Report of the Indian Hemp Drugs Commission, 1894-1895 - Volume IV
Year: 1894
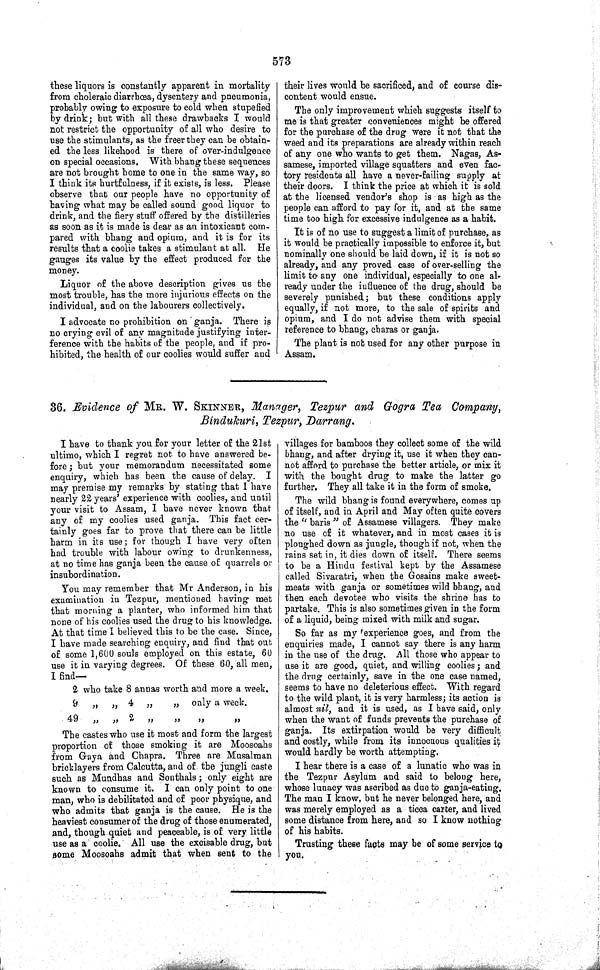
573
these liquors is constantly apparent in mortality
from choleraic diarrhœa, dysentery and pneumonia,
probably owing to exposure to cold when stupefied
by drink; but with all these drawbacks I would
not restrict the opportunity of all who desire to
use the stimulants, as the freer they can be obtain-
ed the less likehood is there of over-indulgence
on special occasions. With bhang these sequences
are not brought home to one in the same way, so
I think its hurtfulness, if it exists, is less. Please
observe that our people have no opportunity of
having what may be called sound good liquor to
drink, and the fiery stuff offered by the distilleries
as soon as it is made is dear as an intoxicant com-
pared with bhang and opium, and it is for its
results that a coolie takes a stimulant at all. He
gauges its value by the effect produced for the
money.
Liquor of the above description gives us the
most trouble, has the more injurious effects on the
individual, and on the labourers collectively.
I advocate no prohibition on ganja. There is
no crying evil of any magnitude justifying inter-
ference with the habits of the people, and if pro-
hibited, the health of our coolies would suffer and
their lives would be sacrificed, and of course dis-
content would ensue.
The only improvement which suggests itself to
me is that greater conveniences might be offered
for the purchase of the drug were it not that the
weed and its preparations are already within reach
of any one who wants to get them. Nagas, As-
samese, imported village squatters and even fac-
tory residents all have a never-failing supply at
their doors. I think the price at which it is sold
at the licensed vendor's shop is as high as the
people can afford to pay for it, and at the same
time too high for excessive indulgence as a habit.
It is of no use to suggest a limit of purchase, as
it would be practically impossible to enforce it, but
nominally one should be laid down, if it is not so
already, and any proved case of over-selling the
limit to any one individual, especially to one al-
ready under the influence of the drug, should be
severely punished; but these conditions apply
equally, if not more, to the sale of spirits and
opium, and I do not advise them with special
reference to bhang, charas or ganja.
The plant is not used for any other purpose in
Assam.
36. Evidence of MR. W. SKINNER, Manager, Tezpur and Gogra Tea Company,
Bindukuri, Tezpur, Darrang.
I have to thank you for your letter of the 21st
ultimo, which I regret not to have answered be-
fore; but your memorandum necessitated some
enquiry, which has been the cause of delay. I
may premise my remarks by stating that I have
nearly 22 years' experience with coolies, and until
your visit to Assam, I have never known that
any of my coolies used ganja. This fact cer-
tainly goes far to prove that there can be little
harm in its use; for though I have very often
had trouble with labour owing to drunkenness,
at no time has ganja been the cause of quarrels or
insubordination.
You may remember that Mr Anderson, in his
examination in Tezpur, mentioned having met
that morning a planter, who informed him that
none of his coolies used the drug to his knowledge.
At that time I believed this to be the case. Since,
I have made searching enquiry, and find that out
of some 1,600 souls employed on this estate, 60
use it in varying degrees. Of these 60, all men,
I find—
2 who take 8 annas worth and more a week.
9
"
" 4 "
"
only a week.
49
"
"
2
"
"
"
"
The castes who use it most and form the largest
proportion of those smoking it are Moosoahs
from Gaya and Chapra. Three are Musalman
bricklayers from Calcutta, and of the jungli caste
such as Mundhas and Sonthals; only eight are
known to consume it. I can only point to one
man, who is debilitated and of poor physique, and
who admits that ganja is the cause. He is the
heaviest consumer of the drug of those enumerated,
and, though quiet and peaceable, is of very little
use as a coolie. All use the excisable drug, but
some Moosoahs admit that when sent to the
villages for bamboos they collect some of the wild
bhang, and after drying it, use it when they can-
not afford to purchase the better article, or mix it
with the bought drug to make the latter go
further. They all take it in the form of smoke.
The wild bhang is found everywhere, comes up
of itself, and in April and May often quite covers
the "baris" of Assamese villagers. They make
no use of it whatever, and in most cases it is
ploughed down as jungle, though if not, when the
rains set in, it dies down of itself. There seems
to be a Hindu festival kept by the Assamese
called Sivaratri, when the Gosains make sweet-
meats with ganja or sometimes wild bhang, and
then each devotee who visits the shrine has to
partake. This is also sometimes given in the form
of a liquid, being mixed with milk and sugar.
So far as my experience goes, and from the
enquiries made, I cannot say there is any harm
in the use of the drug. All those who appear to
use it are good, quiet, and willing coolies; and
the drug certainly, save in the one case named,
seems to have no deleterious effect. With regard
to the wild plant, it is very harmless; its action is
almost nil, and it is used, as I have said, only
when the want of funds prevents the purchase of
ganja. Its extirpation would be very difficult
and costly, while from its innocuous qualities it
would hardly be worth attempting.
I hear there is a case of a lunatic who was in
the Tezpur Asylum and said to belong here,
whose lunacy was ascribed as due to ganja-eating.
The man I know, but he never belonged here, and
was merely employed as a ticca carter, and lived
some distance from here, and so I know nothing
of his habits.
Trusting these facts may be of some service to
you.